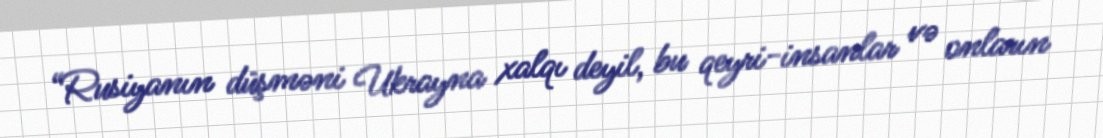
“Rusiyanın düşməni Ukrayna xalqı deyil, bu qeyri-insanlar və onların